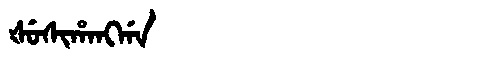
Manchu: ᡧᡠᠰᡳᡥᠠᠩᡤᠠ
Romanization: ŠUSIHANGGA